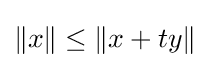
{\textstyle \|x\|\leq \|x+ty\|}